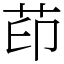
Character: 茚